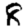
Digit: 8